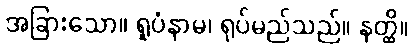
အခြားသော။ ရူပံနာမ၊ ရုပ်မည်သည်။ နတ္ထိ။